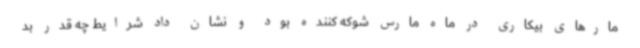
مارهای بیکاری در ماه مارس شوکه کننده بود و نشان داد شرایط چه قدر بد